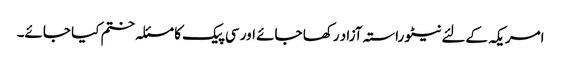
امریکہ کےلئے نیٹو راستہ آزاد رکھا جائے اور سی پیک کا مسئلہ ختم کیا جائے۔